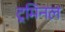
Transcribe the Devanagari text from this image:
ट्रमिनल